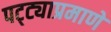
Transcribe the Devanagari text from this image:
पट्ट्याप्रमाणे